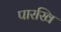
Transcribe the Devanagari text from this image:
पारखि